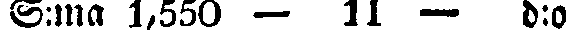
S:ma 1,550 — 11 — d:o.